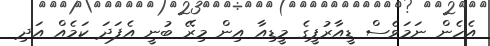
އެހެން ނަމަވެސް ޑީއާރުޕީގެ މީޑިއާ އިން މިރޭ ބުނީ އެފަދަ ކަމެއް އަދި